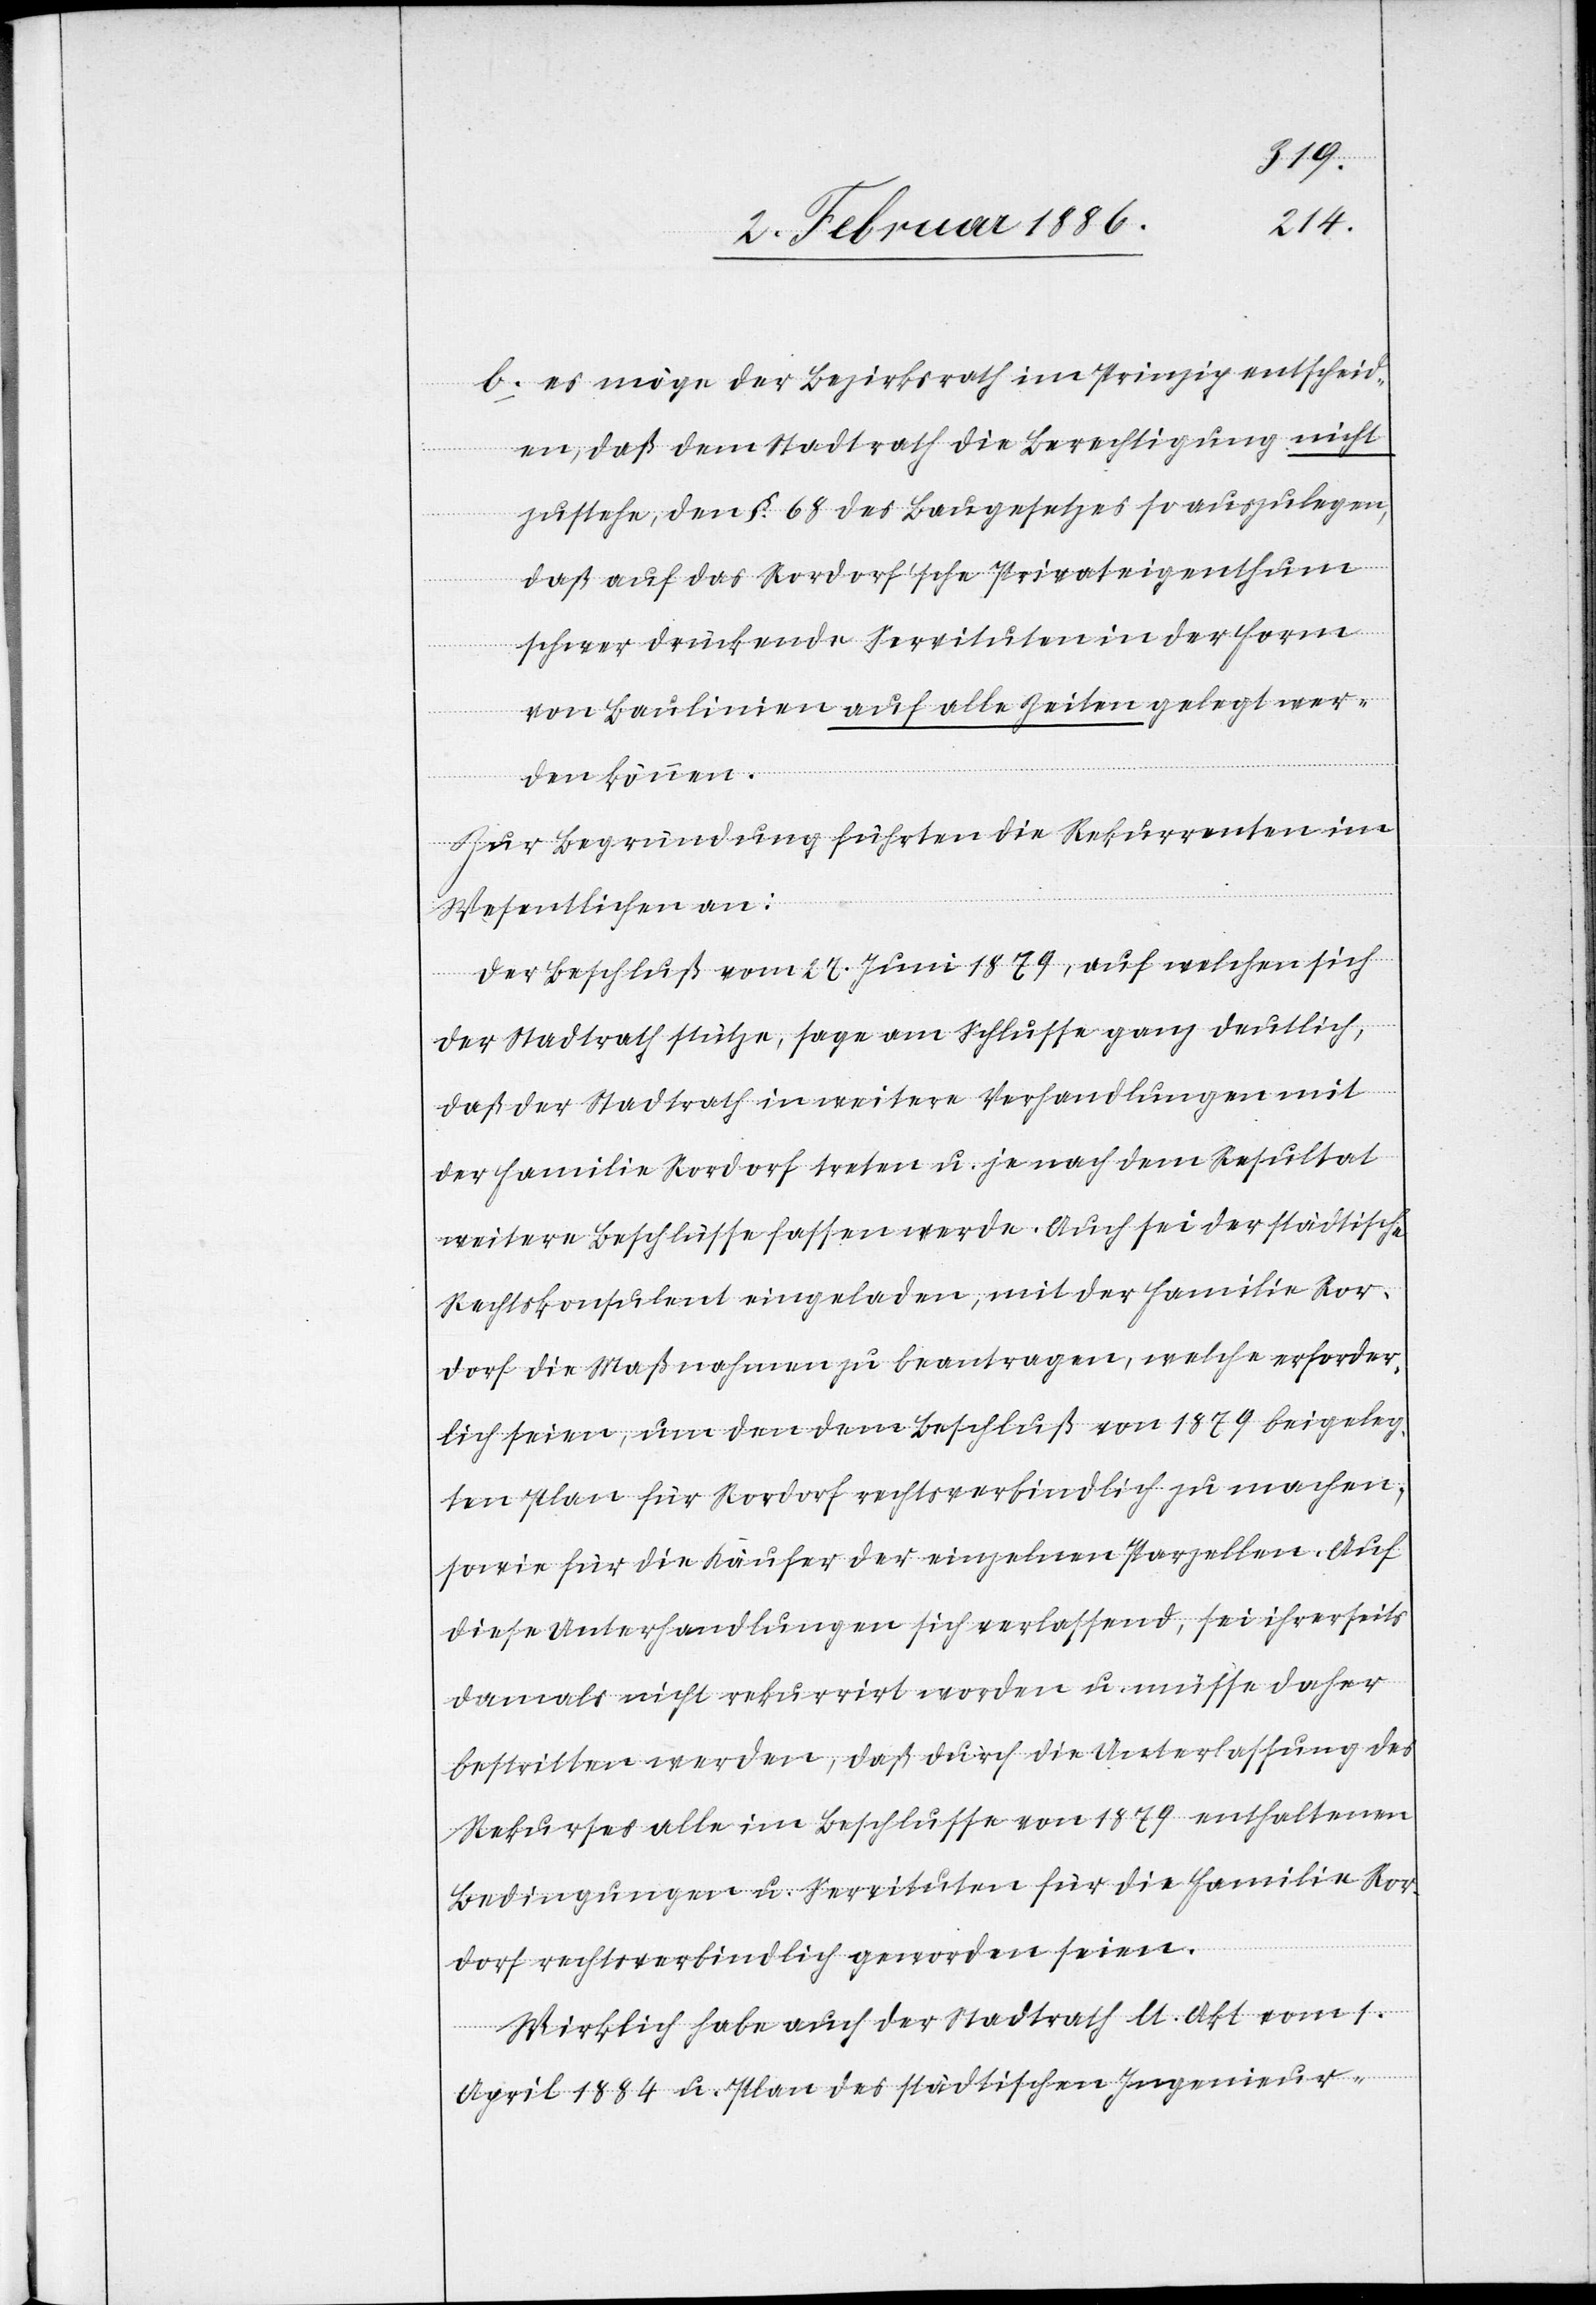
b) es möge der Bezirksrath im Prinzip entscheid¬
en, daß dem Stadtrath die Berechtigung nicht
zustehe, den §. 68 des Baugesetzes so auszulegen,
daß auf das Rordorf’sche Privateigenthum
schwer drückende Servituten in der Form
von Baulinien auf alle Zeiten gelegt wer¬
den können.
Zur Begründung führten die Rekurrenten im
Wesentlichen an:
Der Beschluß vom 27. Juni 1879, auf welchen sich
der Stadtrath stütze, sage am Schlusse ganz deutlich,
daß der Stadtrath in weitere Verhandlungen mit
der Familie Rordorf treten u. je nach dem Resultat
weitere Beschlüsse fassen werde. Auch sei der städtische
Rechtskonsulent eingeladen, mit der Familie Ror¬
dorf die Maßnahmen zu beantragen, welche erforder¬
lich seien, um den dem Beschluß von 1879 beigeleg¬
ten Plan für Rordorf rechtsverbindlich zu machen,
sowie für die Käufer der einzelnen Parzellen. Auf
diese Unterhandlungen sich verlassend, sei ihrerseits
damals nicht rekurrirt worden u. müsse daher
bestritten werden, daß durch die Unterlassung des
Rekurses alle im Beschlusse von 1879 enthaltenen
Bedingungen u. Servituten für die Familie Ror¬
dorf rechtsverbindlich geworden seien.
Wirklich habe auch der Stadtrath lt. Akt vom 1.
April 1884 u. Plan des städtischen Ingenieur-